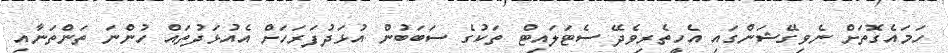
ހަމައެގޮތަށް ނެވިގޭޝަންގައި އެހީތެރިވެދޭ ސެޓަލައިޓް ތަކުގެ ސަބަބުން އުޅަދުފަރަހަށް އެއުޅަދުތައް ހުންނަ ތަންތަނާއި